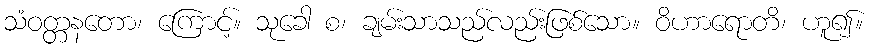
သံဝတ္တနတော၊ ကြောင့်။ သုခေါ စ၊ ချမ်းသာသည်လည်းဖြစ်သော။ ဝိဟာရောတိ၊ ဟူ၍။